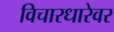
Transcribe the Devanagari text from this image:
विचारधारेवर